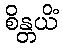
စိန္တယိံ